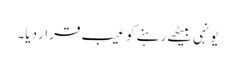
یونہی بیٹھے رہنے کو عیب قرار دیا۔